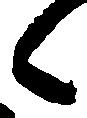
之